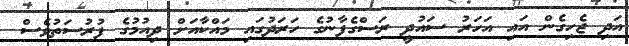
އަދި ޖެހިގެން އައި އަހަރު ސައުދީ ރަސްގެފާނުގެ ހަރަދުގައި މައްކާއަށް ދިއުމުގެ ފުރުސަތުވެސް